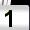
Digit: 1